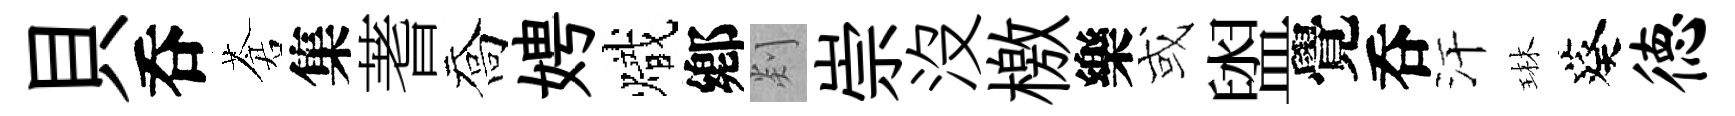
貝呑蒼集蓍喬娉熾鄕剡崇沒檄樂或盥覺呑汗琳葵德